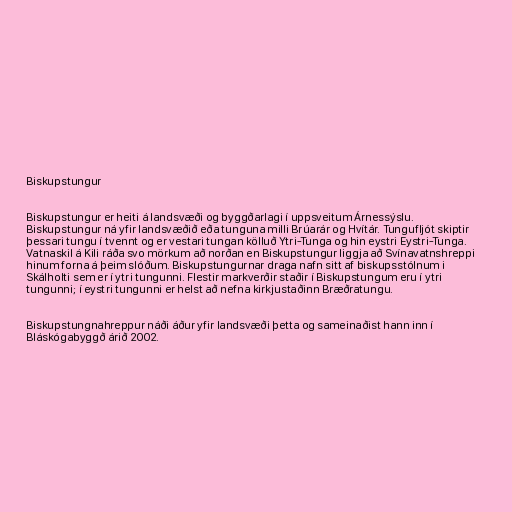
Biskupstungur

Biskupstungur er heiti á landsvæði og byggðarlagi í uppsveitum Árnessýslu.
Biskupstungur ná yfir landsvæðið eða tunguna milli Brúarár og Hvítár. Tungufljót skiptir
þessari tungu í tvennt og er vestari tungan kölluð Ytri-Tunga og hin eystri Eystri-Tunga.
Vatnaskil á Kili ráða svo mörkum að norðan en Biskupstungur liggja að Svínavatnshreppi
hinum forna á þeim slóðum. Biskupstungurnar draga nafn sitt af biskupsstólnum i
Skálholti sem er í ytri tungunni. Flestir markverðir staðir í Biskupstungum eru í ytri
tungunni; í eystri tungunni er helst að nefna kirkjustaðinn Bræðratungu.

Biskupstungnahreppur náði áður yfir landsvæði þetta og sameinaðist hann inn í
Bláskógabyggð árið 2002.